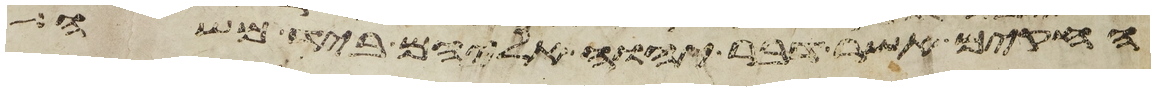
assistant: החקים אשר דבר יהוה אליהם ביד משה